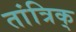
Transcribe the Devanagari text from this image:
तांत्रिक्